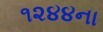
૧૨૪૪ના